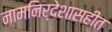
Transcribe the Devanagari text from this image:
नामनिर्देशासहीत